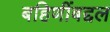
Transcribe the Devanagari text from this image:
बहिणींबद्दल